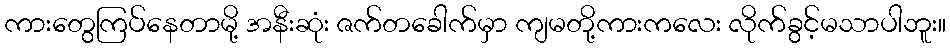
ကားတွေကြပ်နေတာမို့ အနီးဆုံး ဇက်တခေါက်မှာ ကျမတို့ကားကလေး လိုက်ခွင့်မသာပါဘူး။